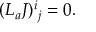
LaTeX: ( { \cal L } _ { a } J ) ^ { i } { } _ { j } = 0 .